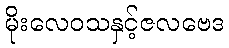
မိုးလေဝသနှင့်ဇလဗေဒ